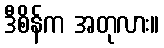
ဒီစိန်က အတုလား။